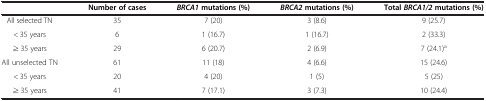
<table><thead><tr><td><b> </b></td><td><b>Number of cases</b></td><td><b><i>BRCA1 </i>mutations (%)</b></td><td><b><i>BRCA2 </i>mutations (%)</b></td><td><b>Total <i>BRCA1/2 </i>mutations (%)</b></td></tr></thead><tbody><tr><td>All selected TN</td><td>35</td><td>7 (20)</td><td>3 (8.6)</td><td>9 (25.7)</td></tr><tr><td>&lt; 35 years</td><td>6</td><td>1 (16.7)</td><td>1 (16.7)</td><td>2 (33.3)</td></tr><tr><td>≥ 35 years</td><td>29</td><td>6 (20.7)</td><td>2 (6.9)</td><td>7 (24.1)<sup>a</sup></td></tr><tr><td>All unselected TN</td><td>61</td><td>11 (18)</td><td>4 (6.6)</td><td>15 (24.6)</td></tr><tr><td>&lt; 35 years</td><td>20</td><td>4 (20)</td><td>1 (5)</td><td>5 (25)</td></tr><tr><td>≥ 35 years</td><td>41</td><td>7 (17.1)</td><td>3 (7.3)</td><td>10 (24.4)</td></tr></tbody></table>